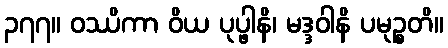
၃၇၇။ ဝဿိကာ ဝိယ ပုပ္ဖါနိ၊ မဒ္ဒဝါနိ ပမုဉ္စတိ။